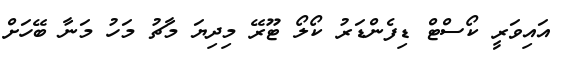
އައިވަރީ ކޯސްޓް ޑިފެންޑަރު ކޯލޯ ޓޫރޭ މިދިޔަ މާޗު މަހު މަނާ ބޭހަށް